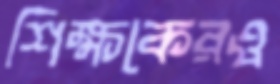
শিক্ষকেরও